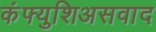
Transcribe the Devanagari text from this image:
कंफ्युशिअसवाद